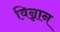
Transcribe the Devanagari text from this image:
विन्नान